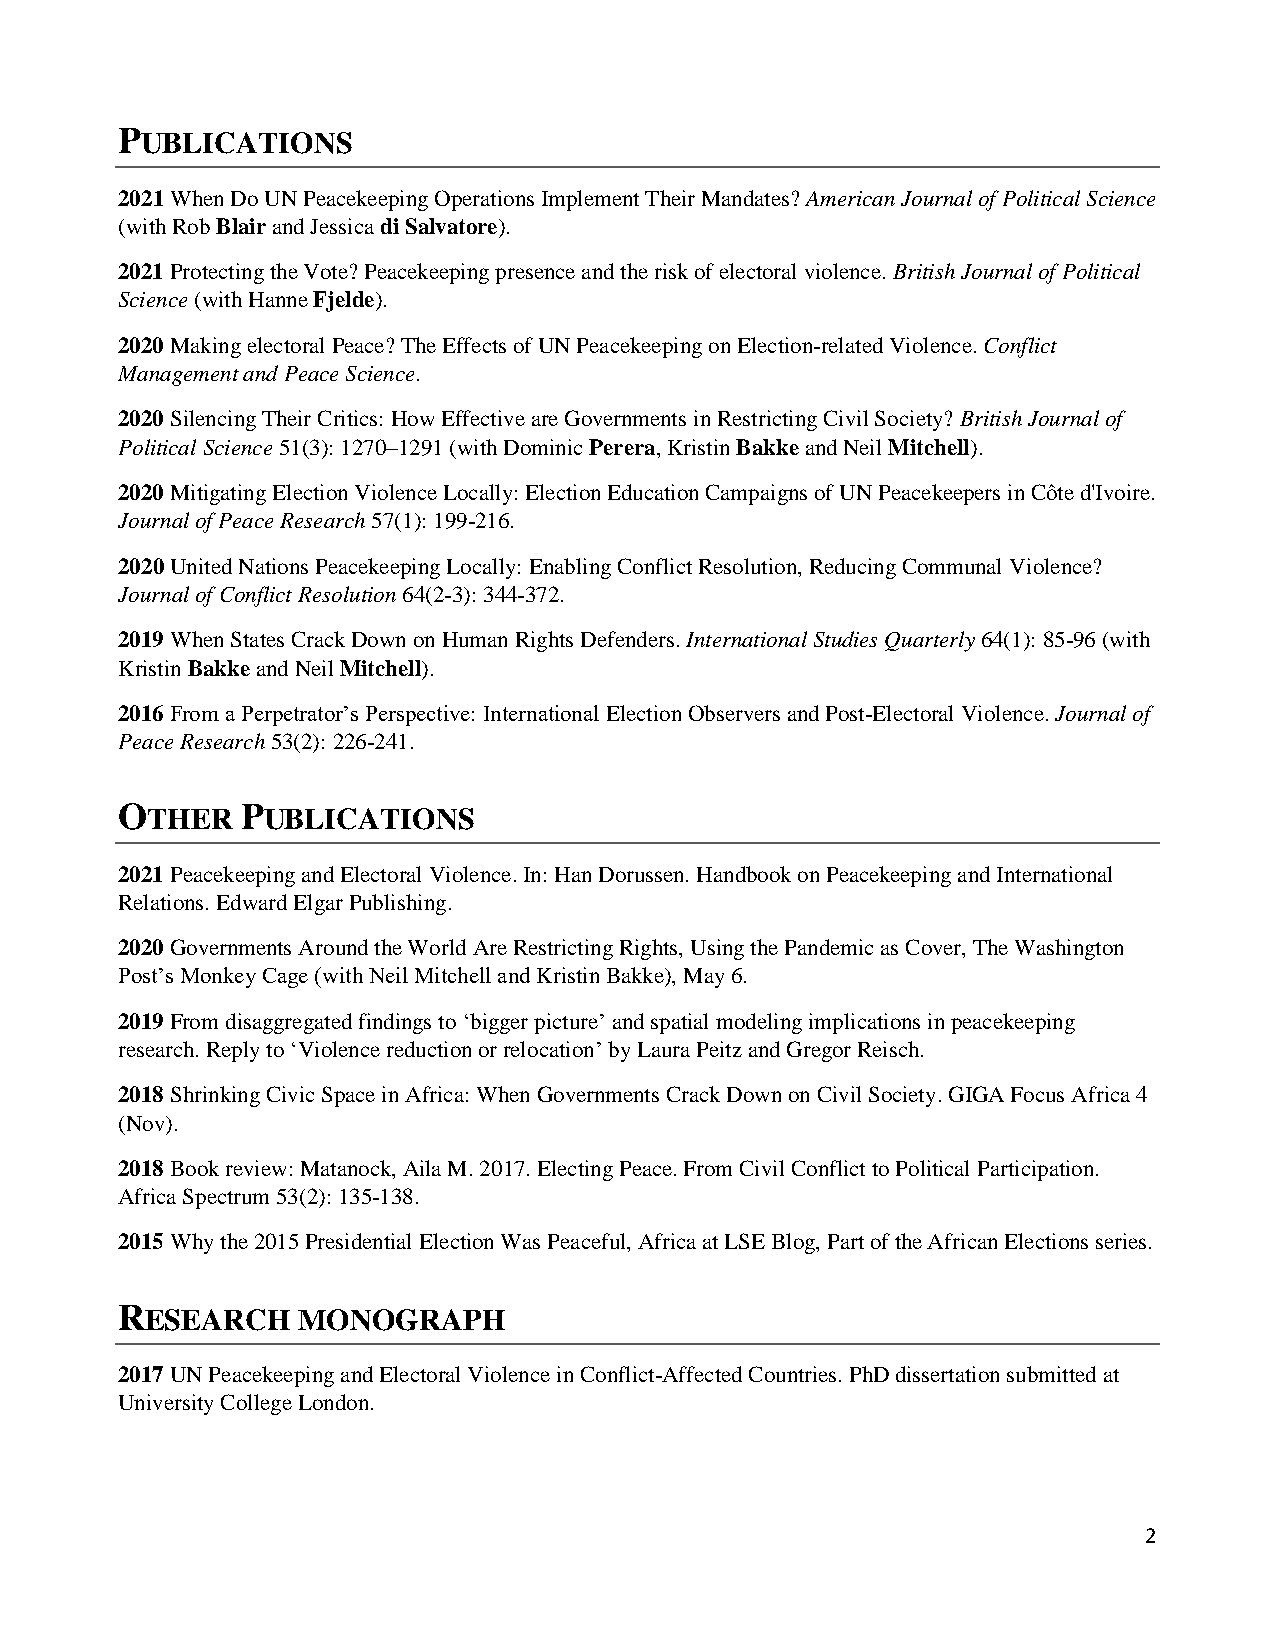
PUBLICATIONS
 2021 When Do UN Peacekeeping Operations Implement Their Mandates? American Journal of Political Science
 (with Rob Blair and Jessica di Salvatore).
 2021 Protecting the Vote? Peacekeeping presence and the risk of electoral violence. British Journal of Political
 Science (with Hanne Fjelde).
 2020 Making electoral Peace? The Effects of UN Peacekeeping on Election-related Violence. Conflict
 Management and Peace Science.
 2020 Silencing Their Critics: How Effective are Governments in Restricting Civil Society? British Journal of
 Political Science 51(3): 1270–1291 (with Dominic Perera, Kristin Bakke and Neil Mitchell).
 2020 Mitigating Election Violence Locally: Election Education Campaigns of UN Peacekeepers in Côte d'Ivoire.
 Journal of Peace Research 57(1): 199-216.
 2020 United Nations Peacekeeping Locally: Enabling Conflict Resolution, Reducing Communal Violence?
 Journal of Conflict Resolution 64(2-3): 344-372.
 2019 When States Crack Down on Human Rights Defenders. International Studies Quarterly 64(1): 85-96 (with
 Kristin Bakke and Neil Mitchell).
 2016 From a Perpetrator’s Perspective: International Election Observers and Post-Electoral Violence. Journal of
 Peace Research 53(2): 226-241.
 OTHER   PUBLICATIONS
 2021 Peacekeeping and Electoral Violence. In: Han Dorussen. Handbook on Peacekeeping and International
 Relations. Edward Elgar Publishing.
 2020 Governments Around the World Are Restricting Rights, Using the Pandemic as Cover, The Washington
 Post’s Monkey Cage (with Neil Mitchell and Kristin Bakke), May 6.
 2019 From disaggregated findings to ‘bigger picture’ and spatial modeling implications in peacekeeping
 research. Reply to ‘Violence reduction or relocation’ by Laura Peitz and Gregor Reisch.
 2018 Shrinking Civic Space in Africa: When Governments Crack Down on Civil Society. GIGA Focus Africa 4
 (Nov).
 2018 Book review: Matanock, Aila M. 2017. Electing Peace. From Civil Conflict to Political Participation.
 Africa Spectrum 53(2): 135-138.
 2015 Why the 2015 Presidential Election Was Peaceful, Africa at LSE Blog, Part of the African Elections series.
 RESEARCH    MONOGRAPH
 2017 UN Peacekeeping and Electoral Violence in Conflict-Affected Countries. PhD dissertation submitted at
 University College London.
 2